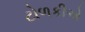
ટોળકીએ